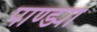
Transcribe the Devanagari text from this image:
पाण्ड्या